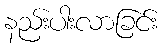
နည်းပါးလာခြင်း